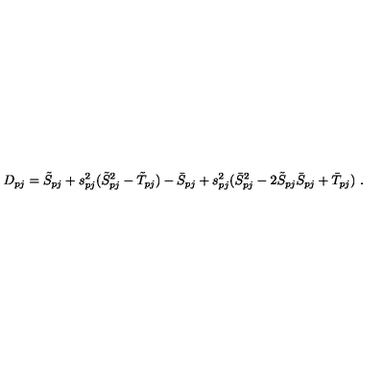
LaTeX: D _ { p j } = \tilde { S } _ { p j } + s _ { p j } ^ { 2 } ( \tilde { S } _ { p j } ^ { 2 } - \tilde { T } _ { p j } ) - \bar { S } _ { p j } + s _ { p j } ^ { 2 } ( \bar { S } _ { p j } ^ { 2 } - 2 \tilde { S } _ { p j } \bar { S } _ { p j } + \bar { T } _ { p j } ) \ .